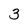
Character: 3